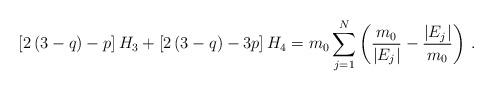
LaTeX: \begin{align*}\left[2\left(3-q\right)-p\right]H_3+\left[2\left(3-q\right)-3p\right]H_4=m_0\sum_{j=1}^N\left(\frac{m_0}{\vert E_j\vert}-\frac{\vert E_j\vert}{ m_0}\right)\,.\end{align*}